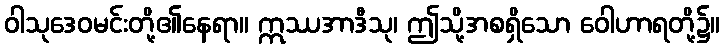
ဝါသုဒေဝမင်းတို့၏နေရာ။ ဣဿအာဒီသု၊ ဤသို့အစရှိသော ဝေါဟာရတို့၌။